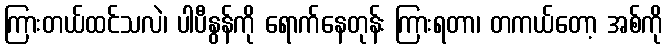
ကြားတယ်ထင်သလဲ၊ ပါပီနွန်ကို ရောက်နေတုန်း ကြားရတာ၊ တကယ်တော့ အစ်ကို